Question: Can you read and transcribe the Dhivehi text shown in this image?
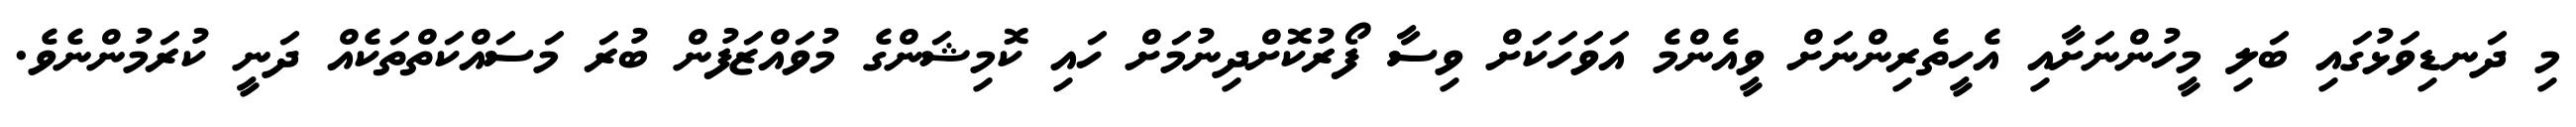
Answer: މި ދަނޑިވަޅުގައި ބަލި މީހުންނަށާއި އެހީތެރިންނަށް ވީއެންމެ އަވަހަކަށް ވިސާ ފޯރުކޮށްދިނުމަށް ހައި ކޮމިޝަންގެ މުވައްޒަފުން ބުރަ މަސައްކަތްތަކެއް ދަނީ ކުރަމުންނެވެ.